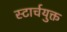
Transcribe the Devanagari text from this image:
स्टार्चयुक्त